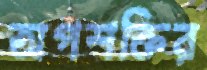
অপশক্তির